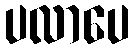
ပလာပေ